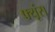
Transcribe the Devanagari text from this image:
फ्यूंस